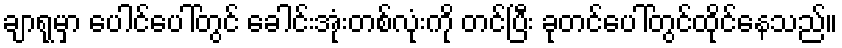
ချာရုမှာ ပေါင်ပေါ်တွင် ခေါင်းအုံးတစ်လုံးကို တင်ပြီး ခုတင်ပေါ်တွင်ထိုင်နေသည်။